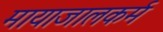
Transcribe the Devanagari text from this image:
मायाजालकर्म